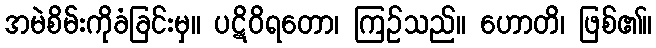
အမဲစိမ်းကိုခံခြင်းမှ။ ပဋိဝိရတော၊ ကြဉ်သည်။ ဟောတိ၊ ဖြစ်၏။